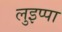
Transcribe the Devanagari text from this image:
लुइप्पा